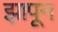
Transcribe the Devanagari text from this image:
झापून